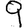
Digit: 9